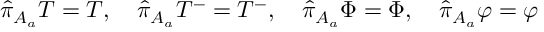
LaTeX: \hat { \pi } _ { A _ { a } } T = T , \quad \hat { \pi } _ { A _ { a } } T ^ { - } = T ^ { - } , \quad \hat { \pi } _ { A _ { a } } \Phi = \Phi , \quad \hat { \pi } _ { A _ { a } } \varphi = \varphi